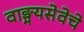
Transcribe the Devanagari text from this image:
वाङ्मयसेवेचे